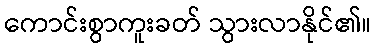
ကောင်းစွာကူးခတ် သွားလာနိုင်၏။